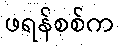
ဖရန်စစ်က